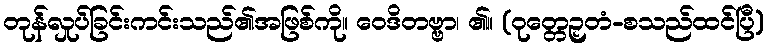
တုန်လှုပ်ခြင်းကင်းသည်၏အဖြစ်ကို။ ဝေဒိတဗ္ဗာ၊ ၏။ (ဝုတ္တေဉှတံ-စသည်ထင်ပြီ)